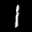
Label: 1